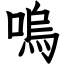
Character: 嗚